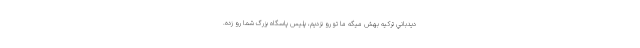
ديدباني تركيه بهش ميگه ما تو رو نزديم، پليس پاسگاه بزرگ شما رو زده.